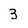
Character: 3